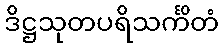
ဒိဋ္ဌသုတပရိသင်္ကိတံ